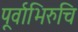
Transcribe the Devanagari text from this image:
पूर्वाभिरुचि